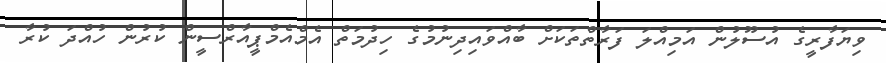
ވިޔަފާރީގެ އުސޫލުން އަމިއްލަ ފަރާތްތަކަށް ބާއްވައިދިނުމުގެ ހިދުމަތް އެމްއެމްޕީއާރްސީން ކުރުން ހުއްދަ ކުރާ